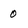
Character: 0